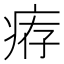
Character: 𤶐